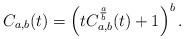
LaTeX: \begin{align*}C_{a,b}(t) &= \left( tC_{a,b}^{\frac a b} (t)+1\right) ^b.\end{align*}